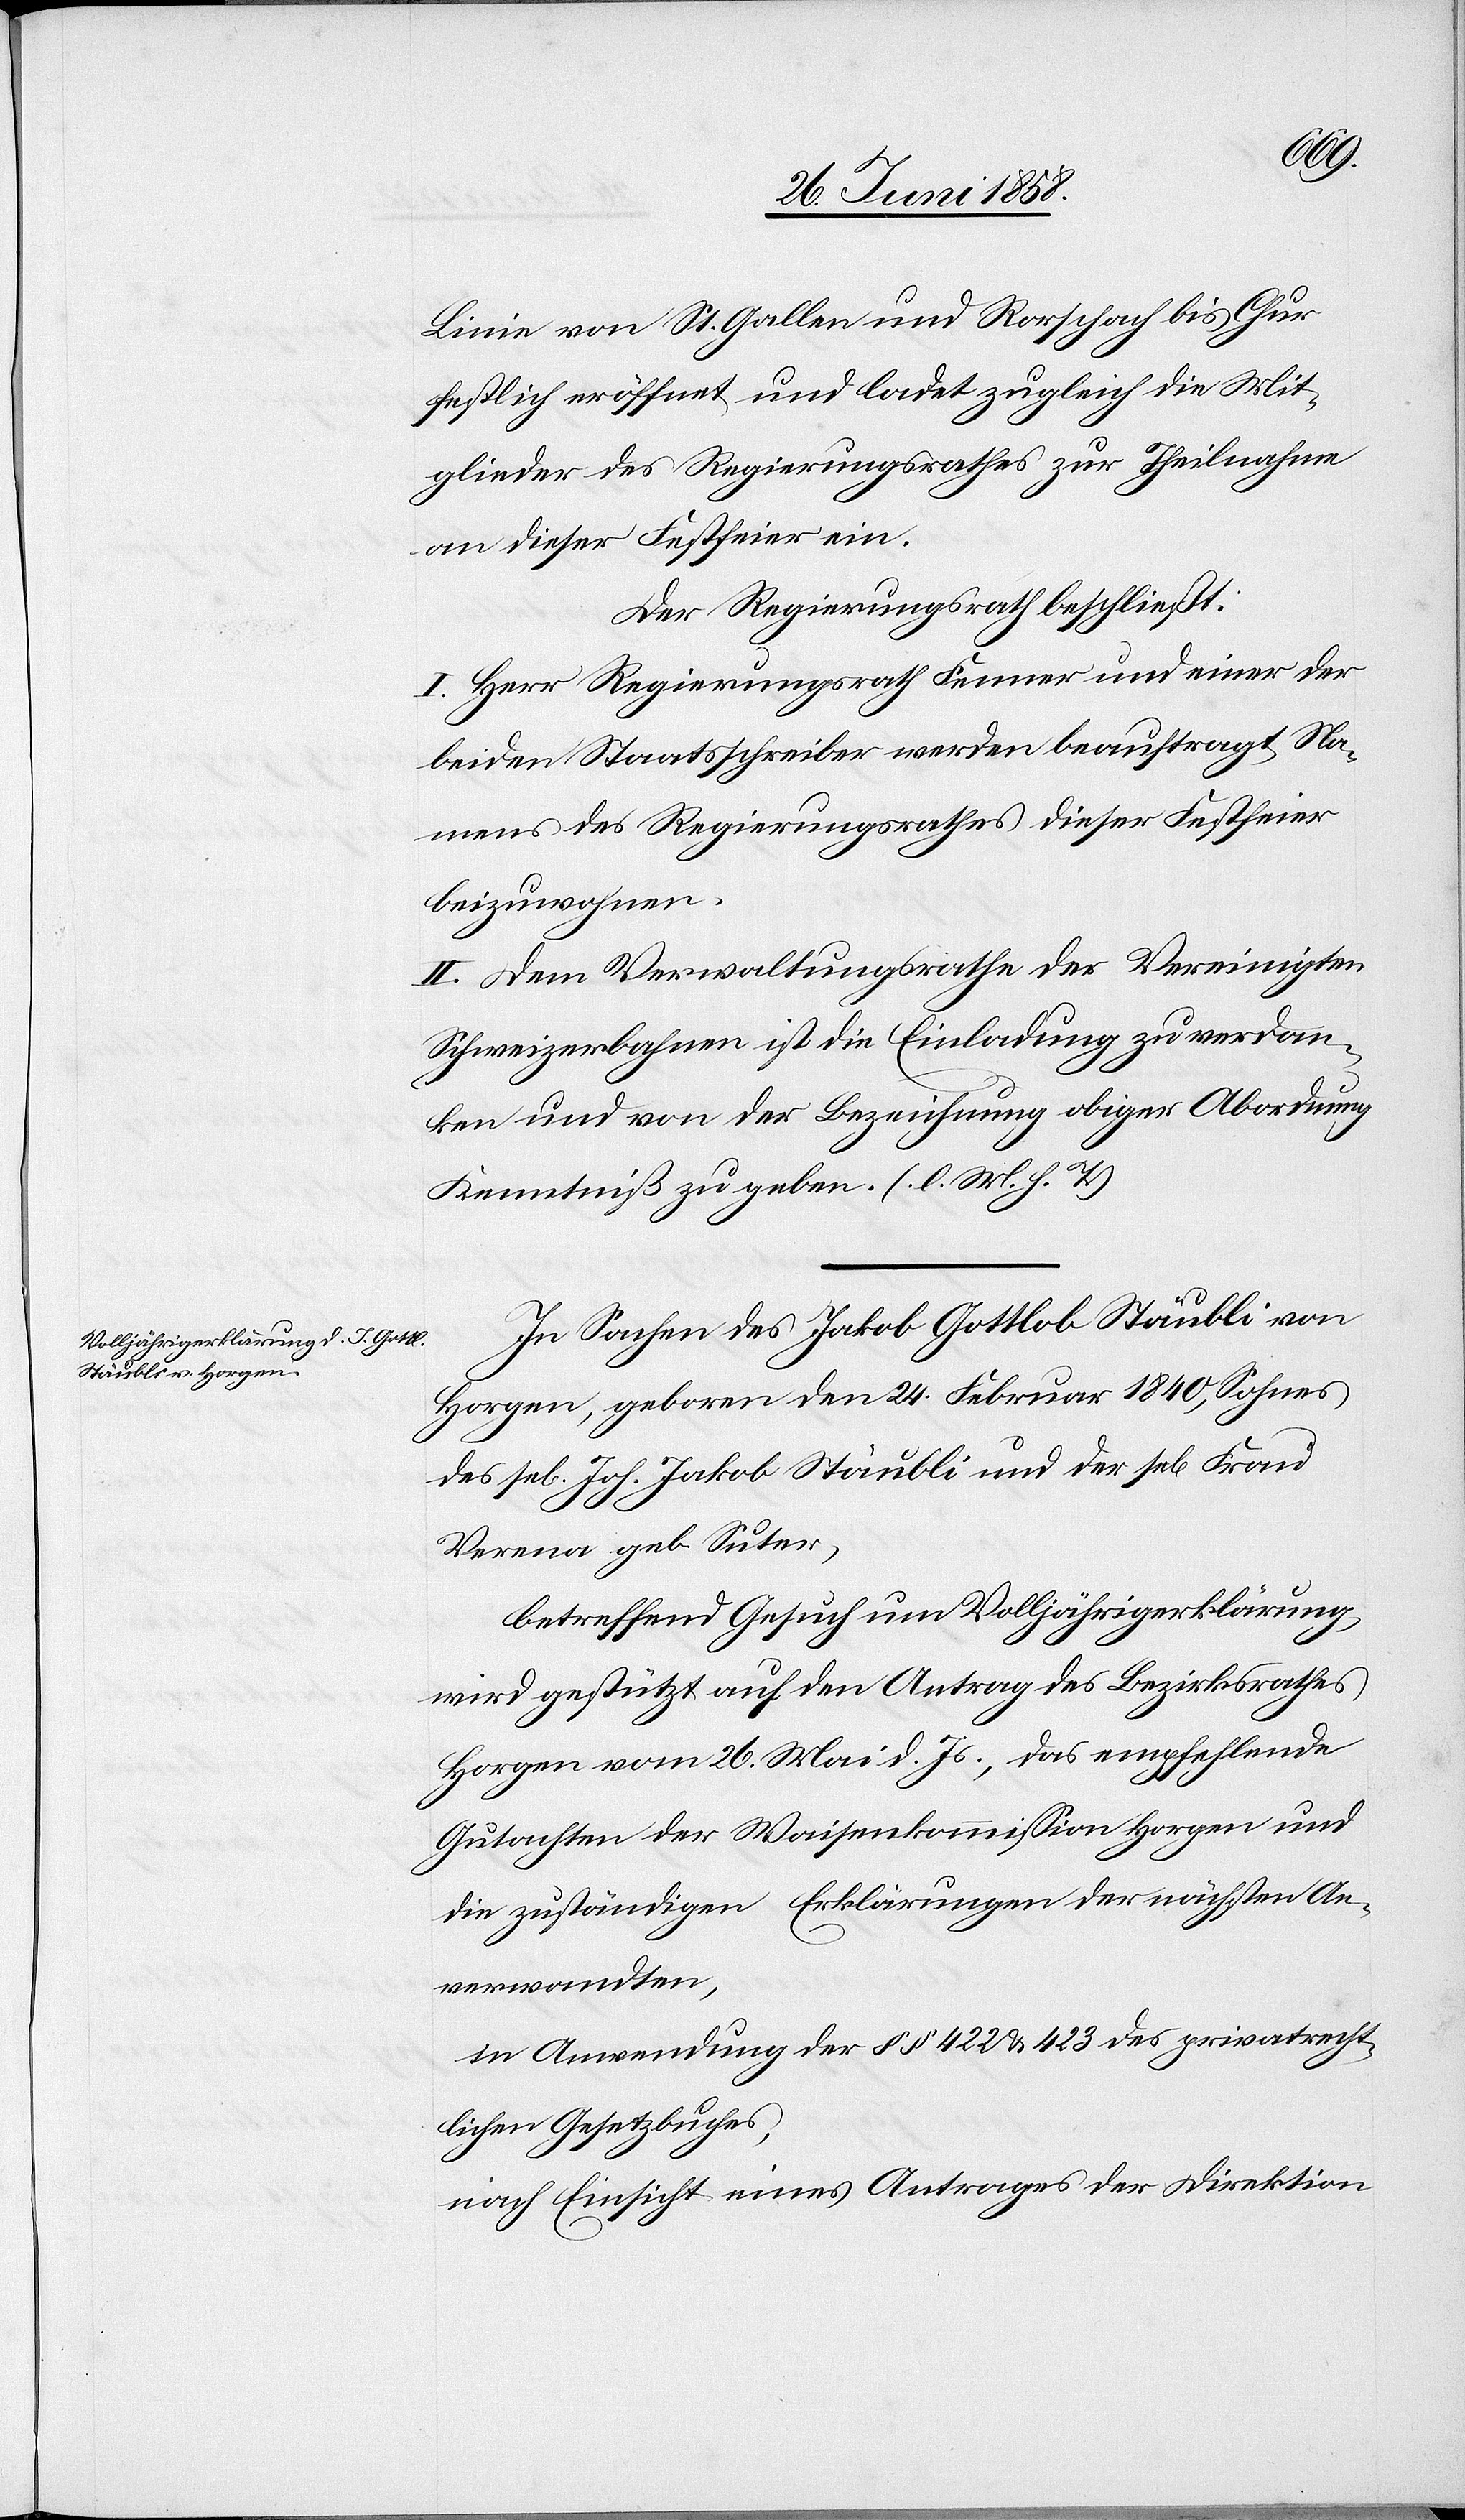
Linie von St. Gallen und Rorschach bis Chur
festlich eröffnet und ladet zugleich die Mit¬
glieder des Regierungsrathes zur Theilnahme
an dieser Festfeier ein.
Der Regierungsrath beschließt:
I. Herr Regierungsrath Fenner und einer der
beiden Staatsschreiber werden beauftragt, Na¬
mens des Regierungsrathes dieser Festfeier
beizuwohnen.
II. Dem Verwaltungsrathe der Vereinigten
Schweizerbahnen ist die Einladung zu verdan¬
ken und von der Bezeichnung obiger Abordnung
Kenntniß zu geben. (l. M. h. T.)
In Sachen des Jakob Gottlob Stäubli von
Horgen, geboren den 24. Februar 1840, Sohnes
se[ligen] Joh. Jakob Stäubli und der se[ligen]
Verena geb. Suter,
betreffend Gesuch um Volljährigerklärung,
wird gestützt auf den Antrag des Bezirksrathes
Horgen vom 26. Mai d. Js., das empfehlende
Gutachten der Waisenkommission Horgen und
die zuständigen Erklärungen der nächsten An¬
verwandten,
in Anwendung der §§ 422 & 423 des privatrecht¬
lichen Gesetzbuches,
nach Einsicht eines Antrages der Direktion